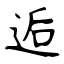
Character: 逅